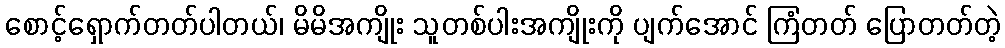
စောင့်ရှောက်တတ်ပါတယ်၊ မိမိအကျိုး သူတစ်ပါးအကျိုးကို ပျက်အောင် ကြံတတ် ပြောတတ်တဲ့